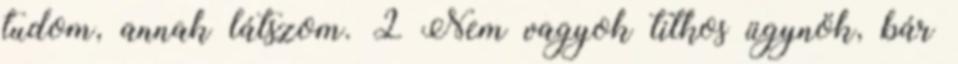
tudom, annak látszom. 2 Nem vagyok titkos ügynök, bár